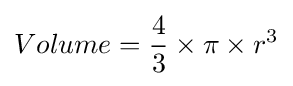
Volume={\frac {4}{3}}\times \pi \times r^{3}